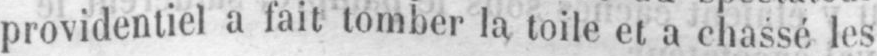
providentiel a fait tomber la toile et a chassé les